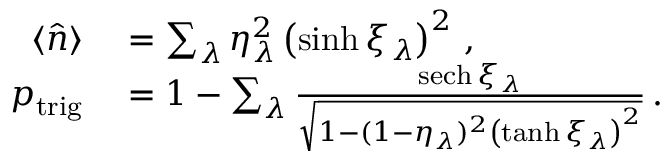
\begin{array} { r l } { \langle \hat { n } \rangle } & { { } = \sum _ { \lambda } \eta _ { \lambda } ^ { 2 } \left( \sinh \xi _ { \lambda } \right) ^ { 2 } \, , } \\ { p _ { \mathrm { t r i g } } } & { { } = 1 - \sum _ { \lambda } \frac { \mathrm { s e c h } \, \xi _ { \lambda } } { \sqrt { 1 - ( 1 - \eta _ { \lambda } ) ^ { 2 } \left( \operatorname { t a n h } \xi _ { \lambda } \right) ^ { 2 } } } \, . } \end{array}